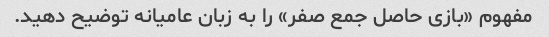
مفهوم «بازی حاصل جمع صفر» را به زبان عامیانه توضیح دهید.